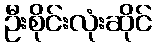
ဦးစိုင်းလုံးဆိုင်